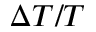
\Delta T / T